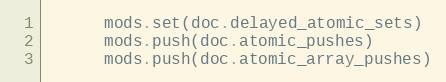
Language: Ruby
      mods.set(doc.delayed_atomic_sets)
      mods.push(doc.atomic_pushes)
      mods.push(doc.atomic_array_pushes)